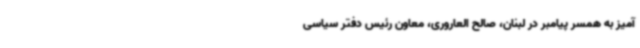
آمیز به همسر پیامبر در لبنان، صالح العاروری، معاون رئیس دفتر سیاسی